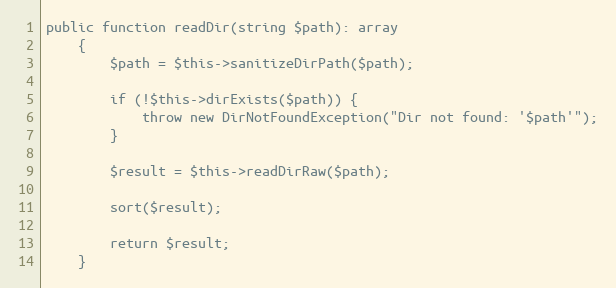
Language: PHP
public function readDir(string $path): array
    {
        $path = $this->sanitizeDirPath($path);

        if (!$this->dirExists($path)) {
            throw new DirNotFoundException("Dir not found: '$path'");
        }

        $result = $this->readDirRaw($path);

        sort($result);

        return $result;
    }